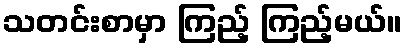
သတင်းစာမှာ ကြည့် ကြည့်မယ်။